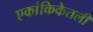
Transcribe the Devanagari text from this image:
एकांकिकेतली